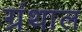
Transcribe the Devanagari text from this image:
ग्रंथाल